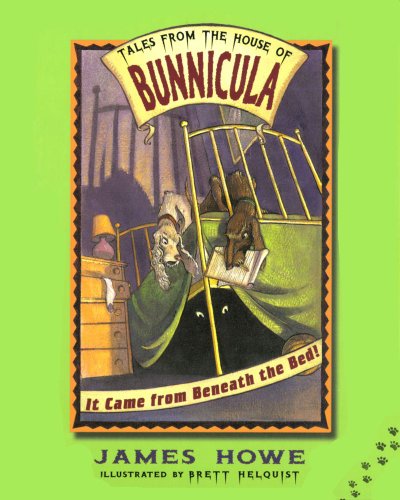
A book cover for It Came from Beneath the Bed!; James Howe; Humor & Entertainment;